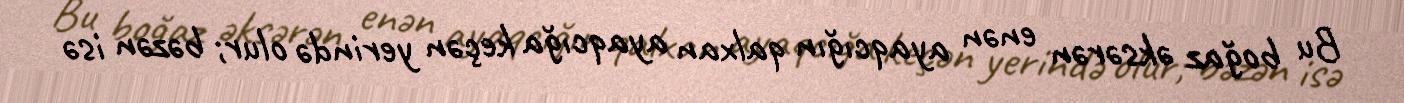
Bu boğaz əksərən enən ayaqcığın qalxan ayaqcığa keçən yerində olur; bəzən isə